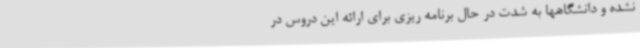
نشده و دانشگاهها به شدت در حال برنامه ریزی برای ارائه این دروس در